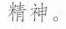
精神。